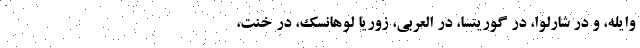
وایله، و در شارلوا، در گوریتسا، در العربی، زوریا لوهانسک، در خنت،